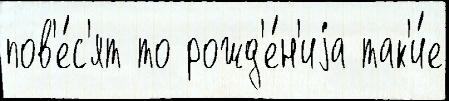
пов'е́с'ят то рожд'е́н'иjа так'и́е